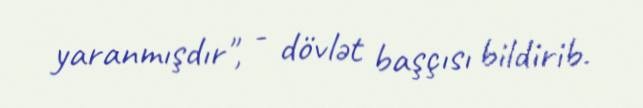
yaranmışdır", - dövlət başçısı bildirib.